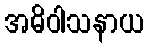
အဓိဝါသနာယ